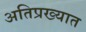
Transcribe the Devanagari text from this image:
अतिप्रख्यात